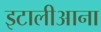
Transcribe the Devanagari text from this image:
इटालीआना